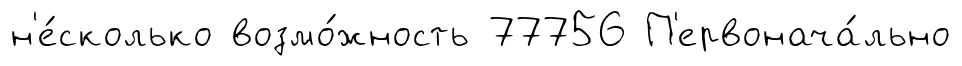
н'е́сколько возмо́жность 77756 П'ервонача́льно